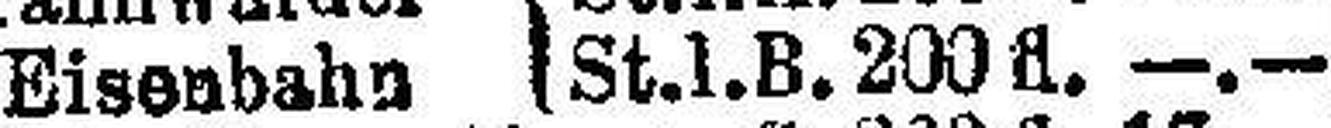
Eisenbahn St. l. B. 200 fl. —.—